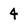
Character: 4